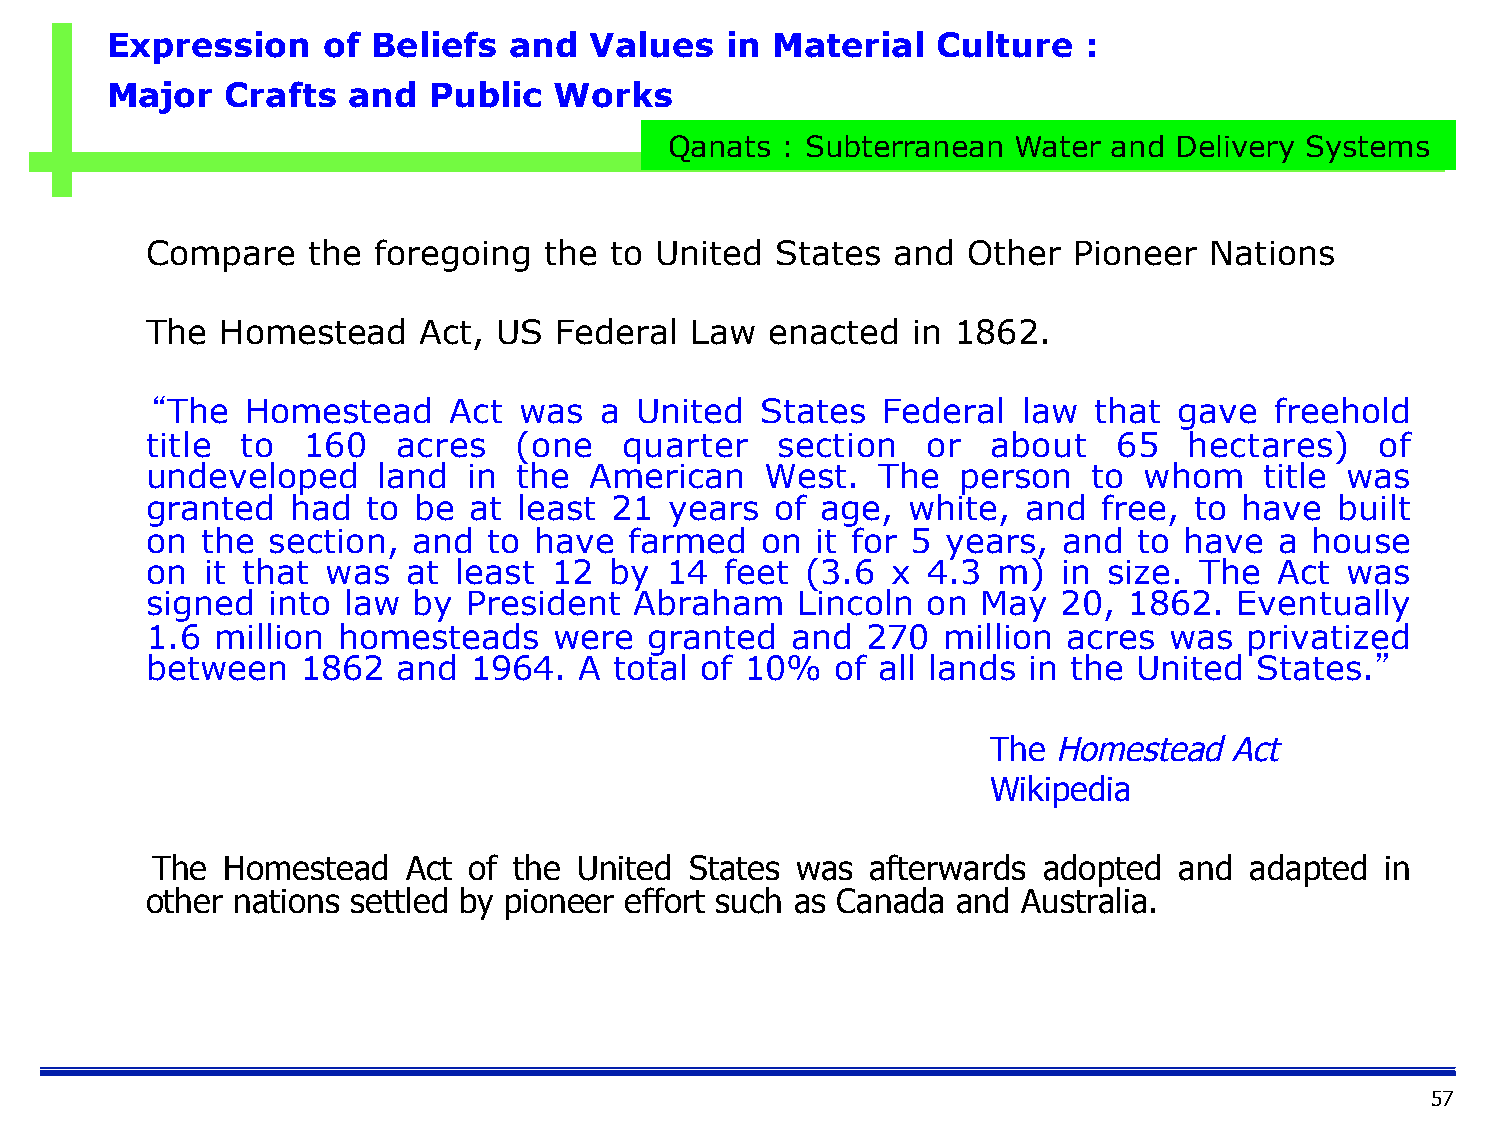
Expression    of  Beliefs  and  Values   in Material   Culture   :
 Major   Crafts  and  Public   Works
 Qanats  : Subterranean Water  and Delivery Systems
 Compare   the  foregoing  the to United  States  and  Other  Pioneer  Nations
 The  Homestead    Act, US  Federal  Law  enacted  in 1862.
 “The  Homestead     Act was   a United  States  Federal   law that  gave  freehold
 title to  160   acres   (one   quarter   section   or   about   65   hectares)   of
 undeveloped    land  in the  American    West.  The   person  to  whom    title was
 granted  had  to be  at least  21 years  of age,  white,  and  free, to have   built
 on the  section, and  to have   farmed  on  it for 5 years, and  to have   a house
 on it that  was  at least 12  by  14  feet (3.6  x 4.3  m)  in size. The   Act was
 signed  into law by  President  Abraham    Lincoln on  May  20,  1862.  Eventually
 1.6 million homesteads     were  granted  and  270  million  acres was   privatized
 between   1862  and  1964.  A  total of 10%  of all lands in the United  States.”
 The Homestead  Act
 Wikipedia
 The  Homestead   Act of the United  States was  afterwards adopted  and  adapted  in
 other nations settled by pioneer effort such as Canada and Australia.
 57